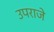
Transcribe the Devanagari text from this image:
उपराजे